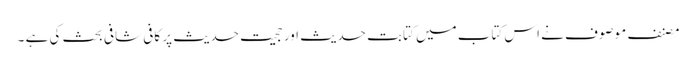
مصنف موصوف نے اس کتاب میں کتابت حدیث اور حجیت حدیث پر کافی شافی بحث کی ہے ۔